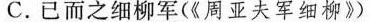
C.已而之细柳军(《周亚夫军细柳》